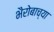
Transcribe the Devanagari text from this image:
भैरोबाच्या